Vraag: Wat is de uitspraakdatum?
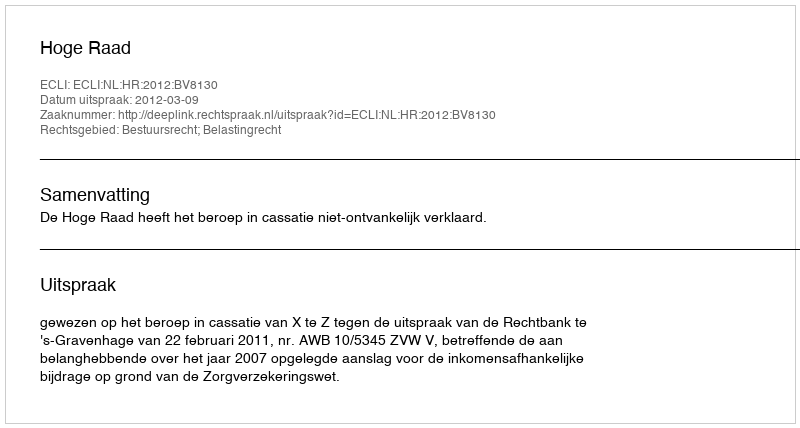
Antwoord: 2012-03-09